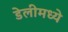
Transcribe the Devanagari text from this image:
डेलीमध्ये